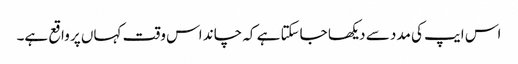
اس ایپ کی مدد سے دیکھا جاسکتا ہے کہ چاند اس وقت کہاں پر واقع ہے۔